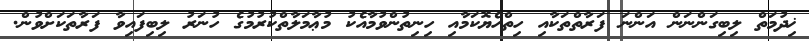
ޚިދުމަތް ލިބިގަންނަން އަންނަ ފަރާތްތަކާއި ހިތްހެޔޮކަމާއި ހިނިތުންވުމާއެކު މުޢާމަލާތްކުރުމުގެ ހުނަރު ލިބިފައިވާ ފަރާތަކަށްވުން.